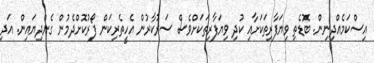
އިސްކަމެއްދިނިން. ބޮޑެތި ވިޔަފާރިތަކަށާއި ކުދި ވިޔަފާރިތަކަށްވެސް ސަރުކާރުން އެހީތެރިކަން ފޯރުކޮށްދެމުން ގެންދިޔައިން. އަދި